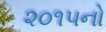
૨૦૧૫નો